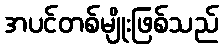
အပင်တစ်မျိုးဖြစ်သည်